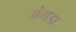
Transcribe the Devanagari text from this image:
अंगडा